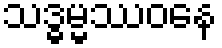
သဒ္ဓမ္မဿဝနေ